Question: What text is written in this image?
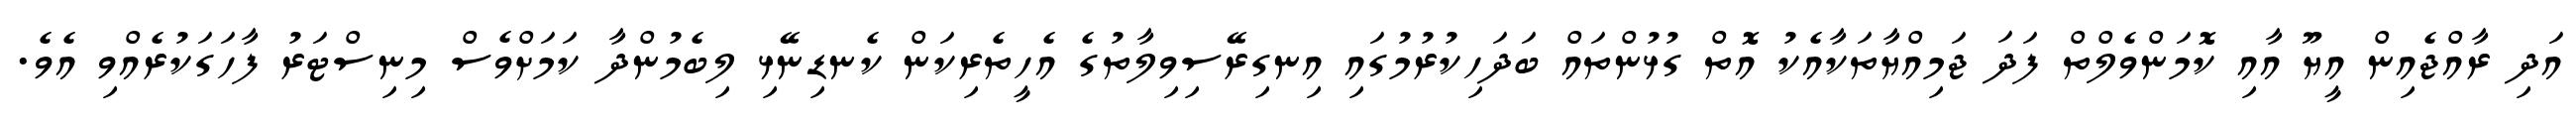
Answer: އަދި ރާއްޖެއިން އީޔޫ އާއި ކޮމަންވެލްތް ފަދަ ޖަމިއްޔާތަކާއެކު އޮތް ގުޅުންތައް ބަދަހިކުރުމުގައި އިނގިރޭސިވިލާތުގެ އެހީތެރިކަން ކެނޑިނޭޅި ލިބެމުންދާ ކަމަށްވެސް މިނިސްޓަރު ފާހަގަކުރެއްވި އެވެ.